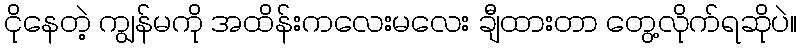
ငိုနေတဲ့ ကျွန်မကို အထိန်းကလေးမလေး ချီထားတာ တွေ့လိုက်ရဆိုပဲ။